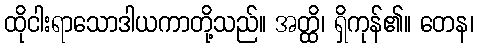
ထိုငါးရာသောဒါယကာတို့သည်။ အတ္ထိ၊ ရှိကုန်၏။ တေန၊